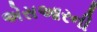
એસઆરની